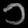
Digit: ၁